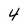
Character: 4